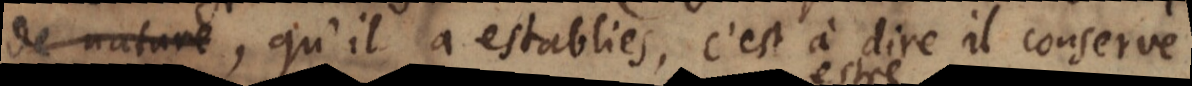
de nature,, qu’il a establies, c’est à dire il conserve